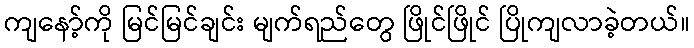
ကျနော့်ကို မြင်မြင်ချင်း မျက်ရည်တွေ ဖြိုင်ဖြိုင် ပြိုကျလာခဲ့တယ်။